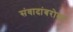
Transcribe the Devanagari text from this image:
संवादांबरोबर